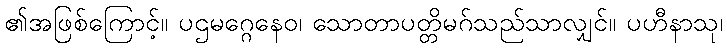
၏အဖြစ်ကြောင့်။ ပဌမဂ္ဂေနေဝ၊ သောတာပတ္တိမဂ်သည်သာလျှင်။ ပဟီနာသု၊